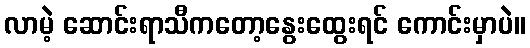
လာမဲ့ ဆောင်းရာသီကတော့နွေးထွေးရင် ကောင်းမှာပဲ။